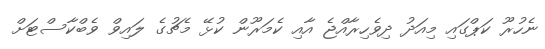
ނެހުރޫ ކަޕްގައި މިއަދު ދިވެހިރާއްޖެ އާއި ކެމަރޫން ކުޅޭ މެޗުގެ ލައިވް ވެބްކާސްޓަށް